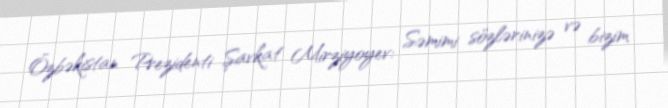
Özbəkistan Prezidenti Şavkat Mirziyoyev: Səmimi sözlərinizə və bizim